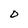
Character: D